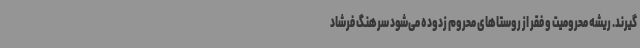
گیرند. ریشه محرومیت و فقر از روستاهای محروم زدوده می‌شود سرهنگ فرشاد